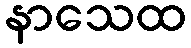
နာသေထ